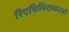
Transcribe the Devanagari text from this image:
रिएबिलिटाकाओ